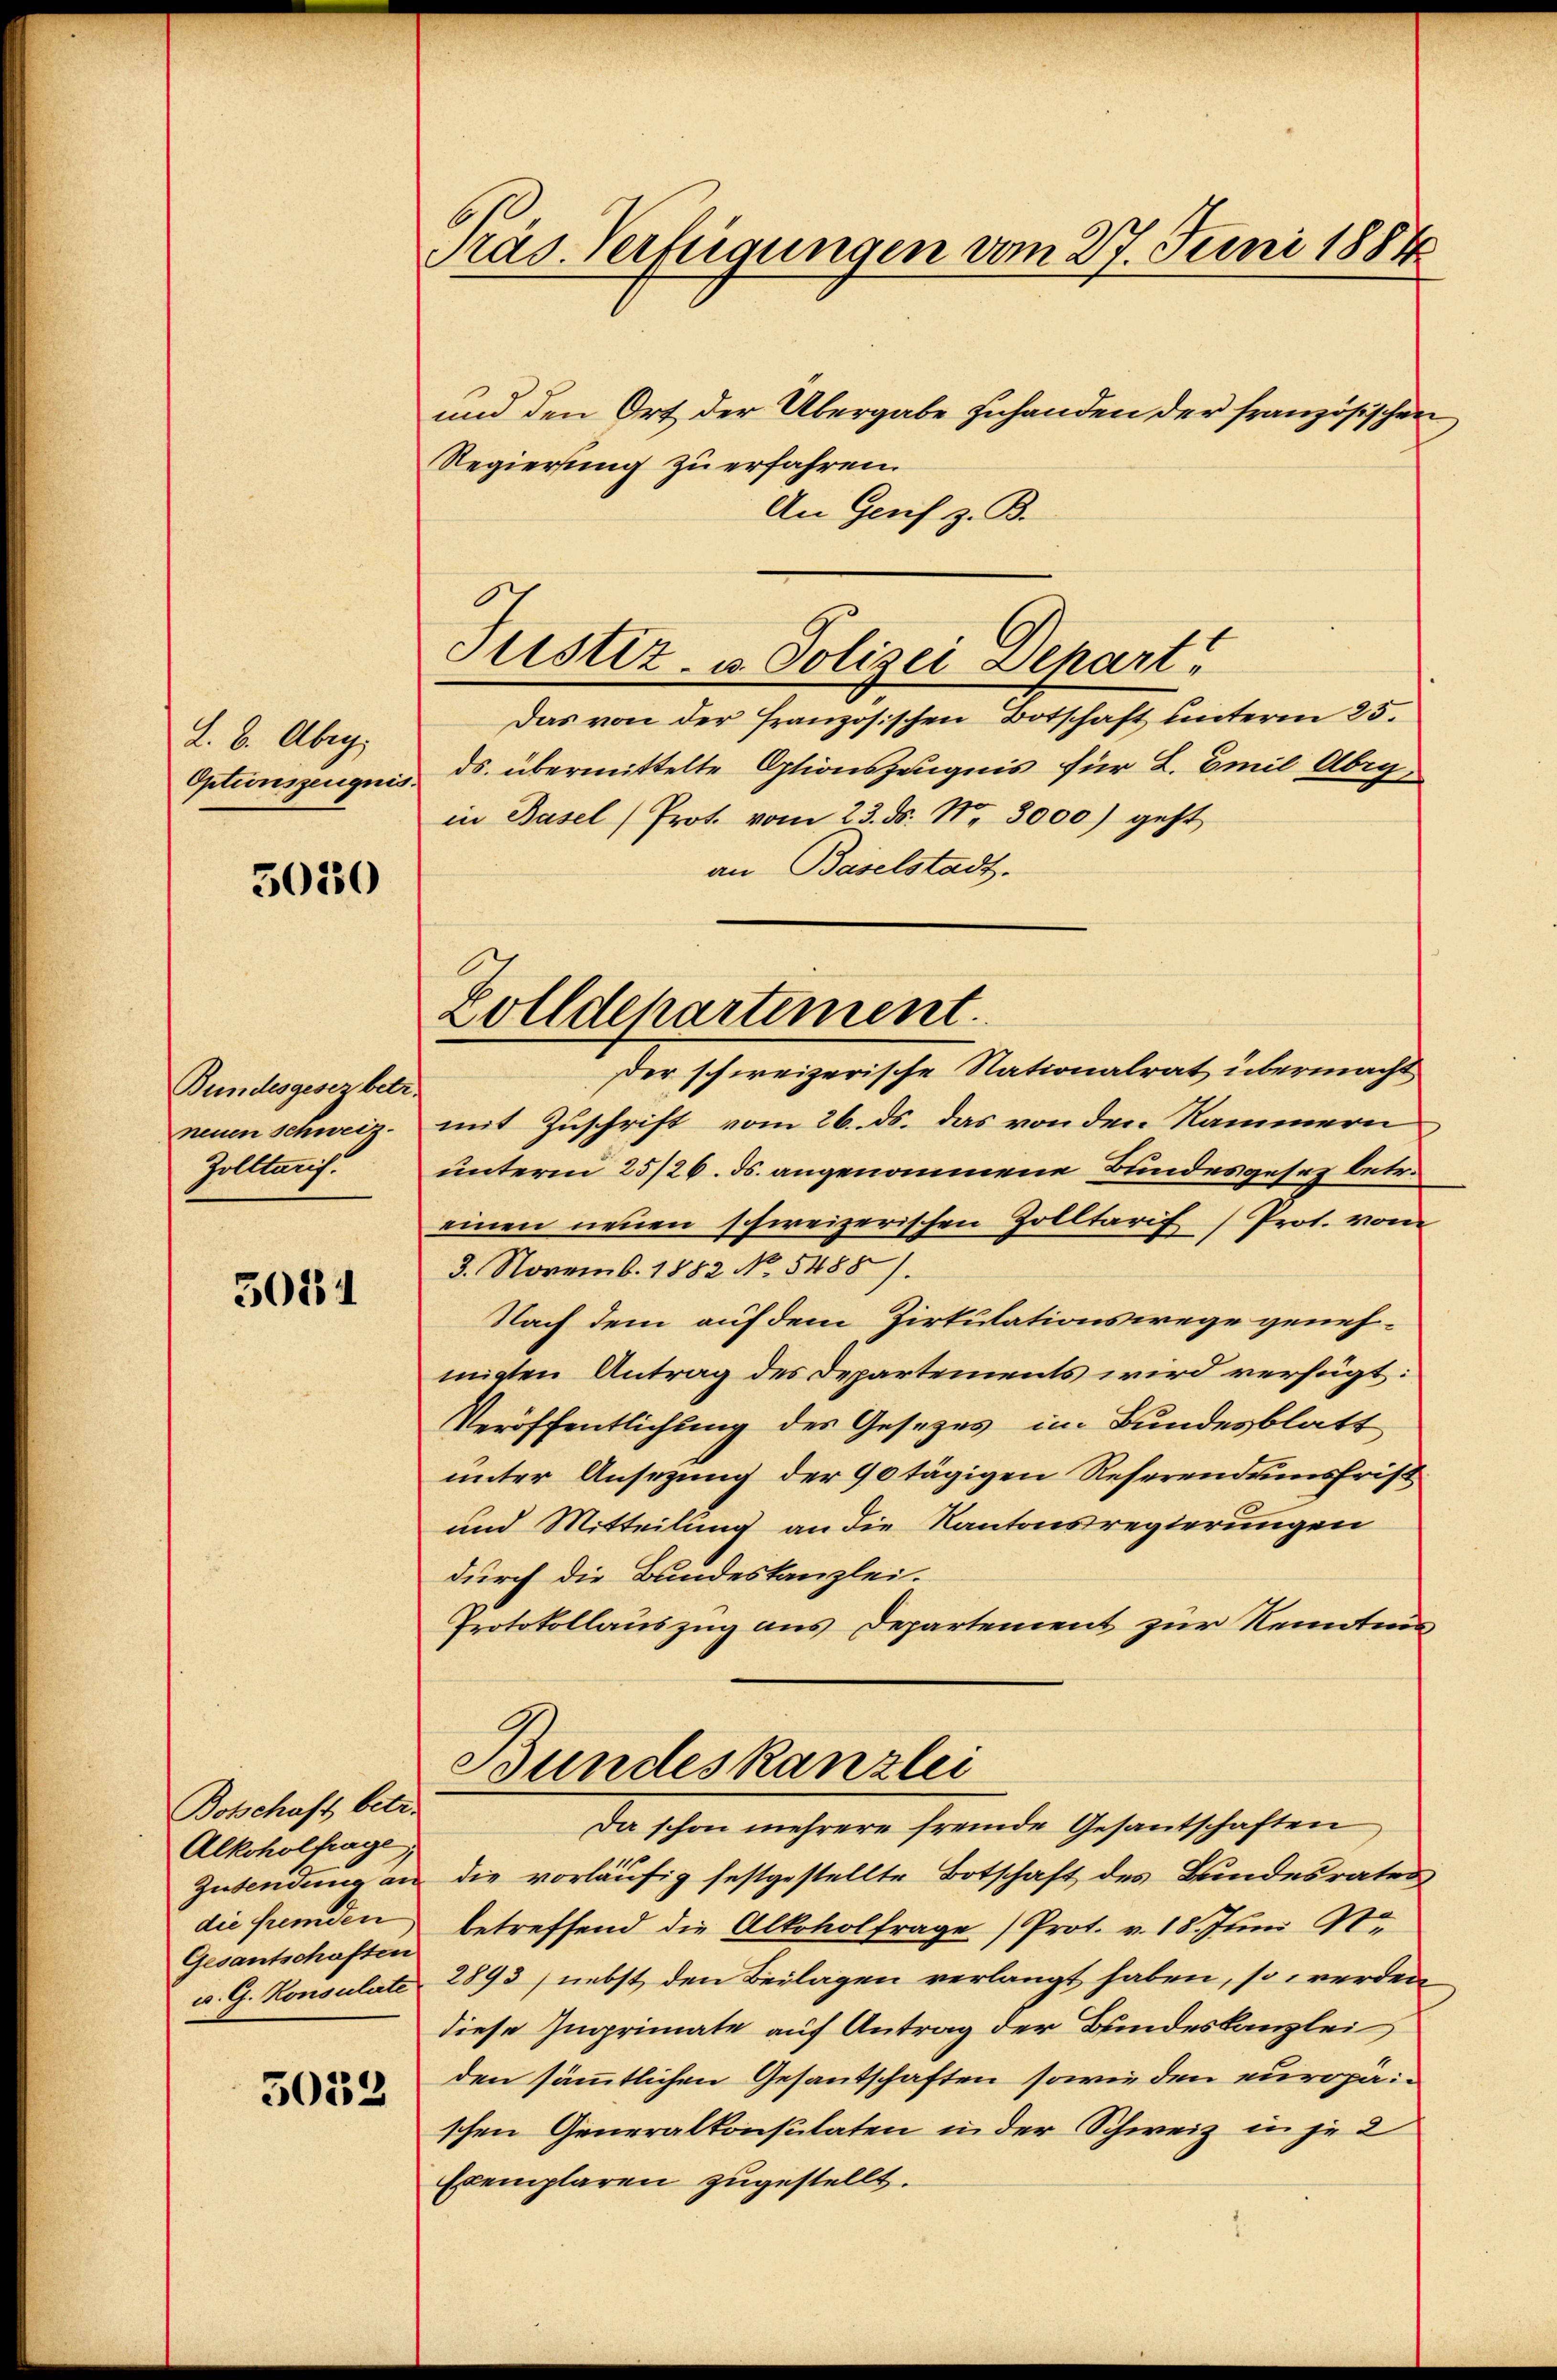
L. B. Abeg
Optionszeugnis

5020

Bundesgesez betr.
neuen Schweiz.
Zolltarif.

3084

Botschaft, betr.
Alkoholfrage
Zusendung an
die fremden
Gesantschaften
v. G. Konsulate

5033

Präs. Verfügungen vom 27. Juni 1884

und den Ort der Übergabe zuhanden der französischen
Regierung zu erfahren.
An Genf z. B.
Das von der Französischen Botschaft unterm 25.
ds. übermittelte Optionszeugnis für L. Emil Abigin Basel (Prot. vom 23. ds. No. 3000) geht
an Baselstadt.
Der schweizerische Nationalrat übermacht
mit Zuschrift vom 26. ds. das von den Kammern
unterm 25/26. ds. angenommene Bundesgesez betr.
einen neuen schweizerischen Zolltarif ) Prot. vom
3. Novemb. 1882 No 5488).
Nach dem auf dem Zirkulationswege genehmigten Antrag des Departements wird verfügt:
Veröffentlichung des Gesetzes im Bundesblatt
unter Ansezung der 90 tägigen Reserendumsfrist
und Mitteilung an die Kantonsregierungen
durch die Bundeskanzlei.
Protokollauszug aus Departement zur Kenntnis
Bundeskanzlei
Da schon mehrere fremde Gesantschaften
die vorläufig festgestellte Botschaft des Bundesrates
betreffend die Alkoholfrage (Prot. v. 18. Juni 191
2893) nebst den Beilagen verlangt haben, so werden
diese Imprimate auf Antrag der Bundeskanzlei,
den sämmtlichen Gesandschaften sowie den europaischen Generalkonsulaten in der Schweiz in je 2
Exemplaren zugestellt.

Zolldepartement.

Justiz- u. Polizei Depart